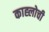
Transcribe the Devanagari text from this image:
काह्लोची